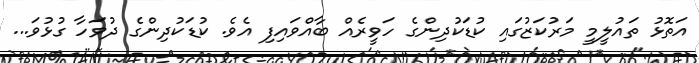
އަތޮޅު ތައުލީމީ މަރުކަޒުގައި ކުޑަކުދިންގެ ހަވީރެއް ބާއްވައިފި އެވެ. ކުޑަކުދިންގެ ދުވަހާ ގުޅުވަ...